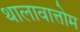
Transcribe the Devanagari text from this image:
थालावात्तोम